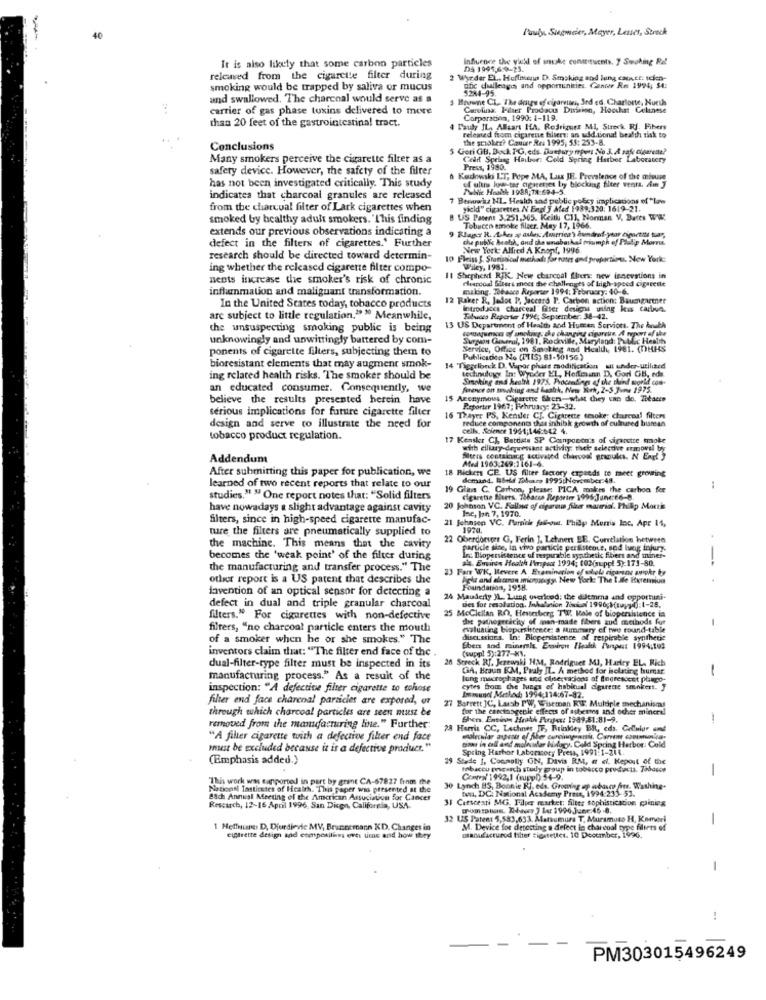
Pauly, Sugmeier, Meyer, Lesses, Streck
40
Influence the yukl of snake constituents. 7 Smoking Ral
It is also likely that some carbon particles
DS 1995,6-9-23.
released from the cigarette filter during
2 Warder EL. Hoffmann D. Smoking and lung calnet: Icien-
smoking would be trapped by saliva or mucus
ofic challenges and opportunities. Center Re 1994, 54:
5284-95.
und swallowed. The charcoal would serve as a
3 Mnoune CL. The days of cigaretwni, Ird ed. Charlotte, North
carrier of gas phase toxins delivered to more
Carolina: Puser Prodacus Division, Hoochat Celinese
than 20 feet of the gastrointestinal tract.
Corporation, 1990: 1-119.
Pauly IL, Alliant IfA. Rodriguez MI, Streck RJ, Fibers
released from cigarette filters: an additional health risk to
the smoker? Cauur Rr. 1995, 55: 253-8.
Conclusions
5 Geri GB. Bock PG, eds. Duetury mpers No 3. A tak Cigarette?
Many smokers perceive the cigarette filter as a
Cedr Spelasg Hailoon: Cold Spring Harbor Laboratcry
safety device. However, the safety of the filter
Press, 1980.
Koslowski LT, Pepe MA, Las JE. Prevalence of the misuse
has not been investigated critically. This study
of ultrs low-tar agaceres by blocking filter venta. Am J
Tulike Hankke 1984;78:694-5.
indicates that charcoal granules are released
7 Benwwwis NI. Health and public yobcy implications of "low
from the charcoal filter of Lark cigarettes when
yield" cigarettes N Engl J Afed 1989,320. 1619-21.
smoked by healthy adult smokers. "This finding
B US Patent 3.251,365. Keith CIJ, Norman V, Dates WW
extends our previous observations indicating a
9 Rlager R. A.Års ag ashes: America's åundrat-year ciportati tuar,
Tobuceo smoke filecr. May 17, 1966.
defect in the filters of cigarettes.' Further
the public beahh, and che unabaskal miumph of Paulip Moms
New York Alfred A Knopf, 1996.
research should be directed toward determin-
10 Fleiss 3. Startunical methods for rates and proportions. New York:
ing whether the released cigarette filter compo-
Wiley, 1981
nents increase the smoker's risk of chronic
Il Shepherd RJK. New charcoal flers: new innovations in
inflammation and maliguant transformation.
rleccodl Siters mecs the challenges of high-speed cigarette
making. Tobacco Reporser 1994; February: 40-6.
12 Raker R, Jadot P. Jeccard P. Carbon action: Baumgartner
In the United States today, tobacco products
Introd Joca charceal" filter designs using kis carbue.
are subject to little regulation." " Meanwhile,
Toluces Reporter 1994, September: 38-42.
the unsuspecting smoking public is being
13 US Department of Health and Human Services. The Aruba
romagumoc of unghieg, the changing cigareire, A report of the
unknowingly and unwittingly battered by com-
Surgeon General, 1981. Rocoville, Maryland: Public Health
ponents of cigarette filters, subjecting them to
Service, Office on Smoking and Health, 1981. (DHHS
Publicscico No (PIS) 81-50156)
bioresistant elements that may augment smok-
14 Tigselonck D. Vpor phase modification at under utilized
technology Int Wyoder EL, Hoffmann D. Gori GB, ede
ing related health risks. The smoker should be
Sucking and health 1975. Proceedings of the third world com-
an educated consumer. Consequently, we
ference on mushing and health, Nem Srh, 2-5 June 1975.
believe the results presented herein have
15 Aronymous Cigarette Shems-what they can do. Tieaces
serious implications for future cigarette filter
Reporter 1967; February: 23-32.
design and serve to illustrate the need for
16 Thayer PS, Kender CJ. Cigarette tesoke; charcoal filters
reduce components that inhibk growth of culneed bursa
cells, Science 1961;146:042 4.
tobacco product regulation.
17 Kensker CL Battista SP Componen's of sigarette troke
with ciliary-deprenant activity; thek selectve ermovel by
Addendum
Steers containing activated charcoal granules. N Engl 3
After submitting this paper for publication, we
18 Bicker CE. US filter factory espeeds to meet growing
Ated 1963:269:1161-6.
demand. Iheld Tidosrs 1995:November 48.
learned of two recent reports that relate to our
a, please: PICA makes the carbon for
studies," " One report notes that: "Solid filters
have nowadays a slight advantage against cavity
20 Johnson VC. Fallas of cigarum filer maria'. Philip Morris
Ine, Jon 7, 1970.
filters, since in high-speed cigarette manufac-
21 Johnsen VC. Parnick fal-ow. Philip Morris Inc. Apr 11,
ture the filters are pneumatically supplied to
1970.
22 Oberdoryors G, Ferin ], Lehnert EE. Correlation hetwere
the machine. This means that the cavity
particle sine, in vivo particle persistente, sod lung injury.
becomes the 'weak point' of the filter during
ale. Environ Health I'mspoot 1994; (02(suppl 5):173-80.
Irc Biopersistence of respirable synthetic fibers and miner-
the manufacturing and transfer process." The
23 Farr WK, Revere A Examination of wskiole rigarene swokr tor
---
other report is a US patent that describes the
hele and alcron microseegy New York: The Ille Rxremiun
davention of an optical sensor for detecting a
Foundation, 1998.
24 Mauderty IL. Lumg overicod: the dilemma and opportuni-
defect in dual and triple granular charcoal
25 MicCiellan RO, Heverberg TW. Male of biopersistence in
des for resolution. Inhalunion Tonton 1990; 8(suppl).1-28.
filters." For cigarettes with non-defective
the pathogenicity of man-made fibers aud methode for
filters, "no charcoal particle enters the mouth
maluating blepersistence: a fimmary of two round-table
of a smoker when he or she smokes." The
discussions. In: Bicpersistence of respirable synthetic
inventors claim that: "The filter end face of the .
Sbers and minerals, Environ Ilestk Pnspus 1994;102
20 Streck RJ, Jezewski HM, Rodrigues MI, Harley EL. Rich
(supl 5):277-K1.
dual-filter-type filter must be inspected in its
GA, Braun KM, Praly IL. A method for helating humar
-
manufacturing process." As a result of the
long macrophages end ofnervacions of Engresscet phago-
inspection: "A defective filter cigarette to tohose
cytes from the lungs of habicual deurene smokert. J
filter end face charcoal paraicies are exposed, or
27 Barrett JC, Laisb PW, Wiseman RWE. Multiple mechanisout
Enmundt Methods 1994;114:67-82.
through which charcoal particles are seen must be
for the carcinogenic effects of ashesme and ocher mineral
Chers. Ensinon Hrakh Pracu: 1989-51.81-9.
removed from the mamdarturing line." Further:
28 Herris CC, Lechner JF, Brinkley BR, cda. Galular and
"A filter cigarette with a defective filter end face
Din in all and molecular biology. Cold Spring Harbor: Cold
must be excluded because it is a defective product."
Spring Harbor Laboratory Presa, 1991:1-214.
(Emphasis added.)
29 Stade ], Connolly ON, Davis RM, E el. Hepout of the
mbaccu pescasch study group in tobacco products. 736acos
This work was supported in part by grant CA-67827 from the
Comtvyl 1992,1 (suppl) 54-9.
Nietions Tasticstes of Health. This paper was presented at the
30 Lynch BS, Boonie RI, eds, Growing up abase fine. Washing-
ton, DC. National Academy Press, 1994-233-53.
88ch Annual Meeting of the American Association for Cancer
31 Cresceati MG. Filper market: filter sophistication gaining
Rescarch, 12-16 April 1996, San Dicen, California, USA.
momtalks. Thaws J Lar 1996 June:46 -8.
32 US Patent 5,583,633. Matvemura T, Muramuso H, Komori
-
1 Metfanns D, Djurdievie MV, Brunnemann KD. Changes in
M. Device for detecting a defect la charcoal type filters of
cigarette design and composiling over time and how they
umanufactured filter sigaretter. 10 December, 1996.
-
PM303015496249